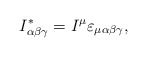
\begin{align*} I_{\alpha\beta\gamma}^\ast=I^\mu \varepsilon_{\mu\alpha\beta\gamma},\end{align*}